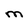
Character: M